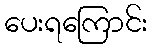
ပေးရကြောင်း